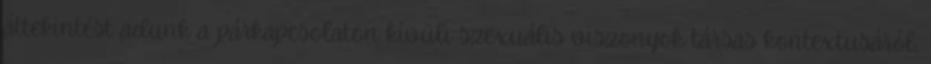
áttekintést adunk a párkapcsolaton kívüli szexuális viszonyok társas kontextusáról,